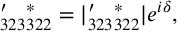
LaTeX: \l _ { 3 2 3 } ^ { \prime } \l _ { 3 2 2 } ^ { \ast } = | \l _ { 3 2 3 } ^ { \prime } \l _ { 3 2 2 } ^ { \ast } | e ^ { i \delta } ,